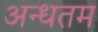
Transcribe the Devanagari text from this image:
अन्धतम